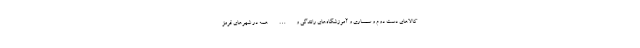
کالاهای دست دوم و سمساری و آموزشگاه‌های رانندگی و… همه در شهرهای قرمز